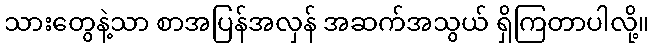
သားတွေနဲ့သာ စာအပြန်အလှန် အဆက်အသွယ် ရှိကြတာပါလို့။